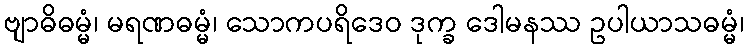
ဗျာဓိဓမ္မံ၊ မရဏဓမ္မံ၊ သောကပရိဒေဝ ဒုက္ခ ဒေါမနဿ ဥပါယာသဓမ္မံ၊